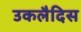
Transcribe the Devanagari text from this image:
उकलैदिस